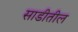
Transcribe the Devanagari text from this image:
साडीतील